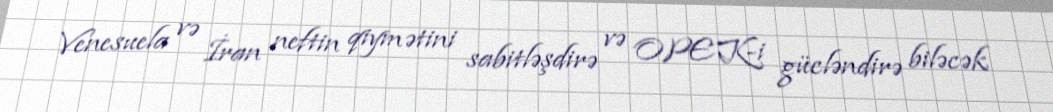
Venesuela və İran neftin qiymətini sabitləşdirə və OPEK-i gücləndirə biləcək